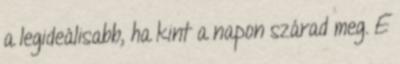
a legideálisabb, ha kint a napon szárad meg. E